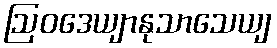
ဩဝဒေယျာနုသာသေယျ